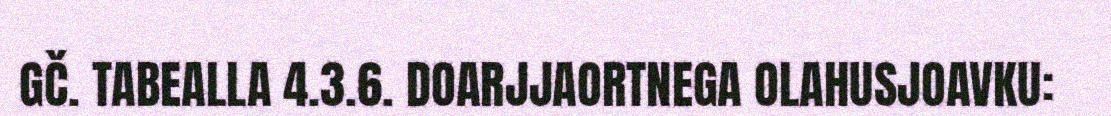
GČ. TABEALLA 4.3.6. DOARJJAORTNEGA OLAHUSJOAVKU: